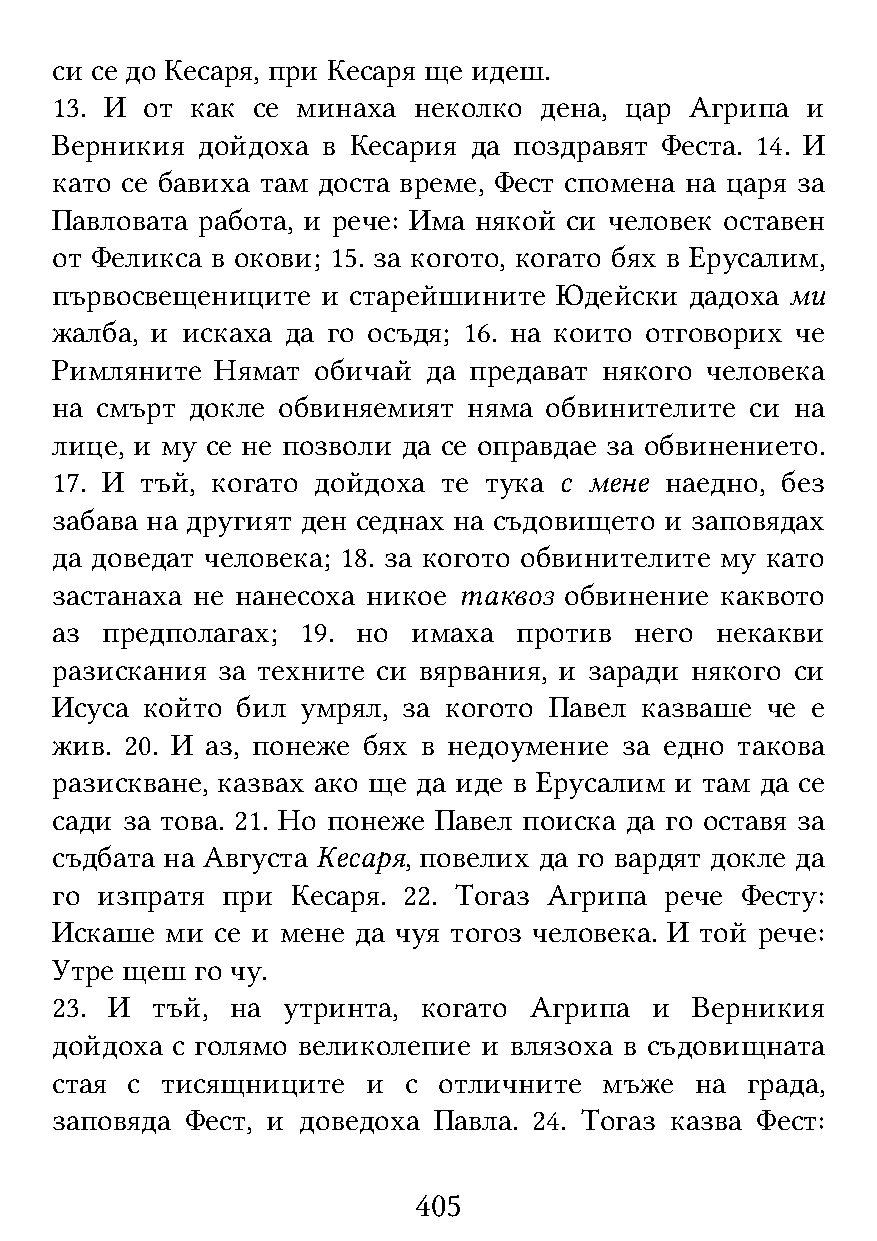
си се до Кесаря, при Кесаря ще идеш.
 13. И от  как се минаха неколко  дена, цар Агрипа и
 Верникия  дойдоха в Кесария да поздравят Феста. 14. И
 като се бавиха там доста време, Фест спомена на царя за
 Павловата работа, и рече: Има някой си человек оставен
 от Феликса в окови; 15. за когото, когато бях в Ерусалим,
 първосвещениците  и старейшините  Юдейски  дадоха ми
 жалба, и искаха да го осъдя; 16. на които отговорих че
 Римляните  Нямат  обичай да предават някого человека
 на смърт докле обвиняемият  няма обвинителите  си на
 лице, и му се не позволи да се оправдае за обвинението.
 17. И тъй, когато дойдоха те тука с мене наедно, без
 забава на другият ден седнах на съдовището и заповядах
 да доведат человека; 18. за когото обвинителите му като
 застанаха не нанесоха никое таквоз обвинение каквото
 аз  предполагах; 19. но имаха  против  него некакви
 разискания за техните си вярвания, и заради някого си
 Исуса който  бил умрял, за когото Павел казваше че е
 жив. 20. И аз, понеже бях в недоумение за едно такова
 разискване, казвах ако ще да иде в Ерусалим и там да се
 сади за това. 21. Но понеже Павел поиска да го оставя за
 съдбата на Августа Кесаря, повелих да го вардят докле да
 го изпратя  при Кесаря. 22. Тогаз Агрипа рече Фесту:
 Искаше  ми се и мене да чуя тогоз человека. И той рече:
 Утре щеш  го чу.
 23. И  тъй, на  утринта, когато Агрипа  и  Верникия
 дойдоха с голямо великолепие и влязоха в съдовищната
 стая с  тисящниците  и  с отличните  мъже  на града,
 заповяда Фест, и доведоха Павла. 24. Тогаз казва Фест:
 405